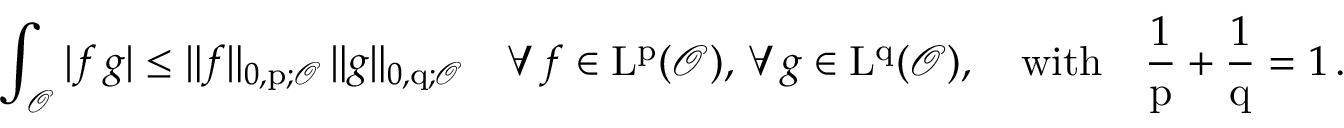
\int _ { \mathcal { O } } | f \, g | \leq \| f \| _ { 0 , \mathrm { p } ; \mathcal { O } } \, \| g \| _ { 0 , \mathrm { q } ; \mathcal { O } } \quad \forall \, f \in \mathrm { L } ^ { \mathrm { p } } ( \mathcal { O } ) , \, \forall \, g \in \mathrm { L } ^ { \mathrm { q } } ( \mathcal { O } ) , \quad \mathrm { w i t h } \quad \frac { 1 } { \mathrm { p } } + \frac { 1 } { \mathrm { q } } = 1 \, .